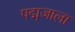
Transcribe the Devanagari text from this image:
पद्मजाला